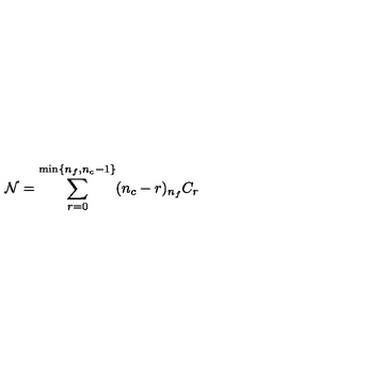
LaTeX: { \cal N } = \sum _ { r = 0 } ^ { \mathrm { m i n } \{ n _ { f } , n _ { c } - 1 \} } ( n _ { c } - r ) { } _ { n _ { f } } C _ { r }